Tezpur Lunatic Asylum reports 1877-1894 - 1877-1894
Year: 1877
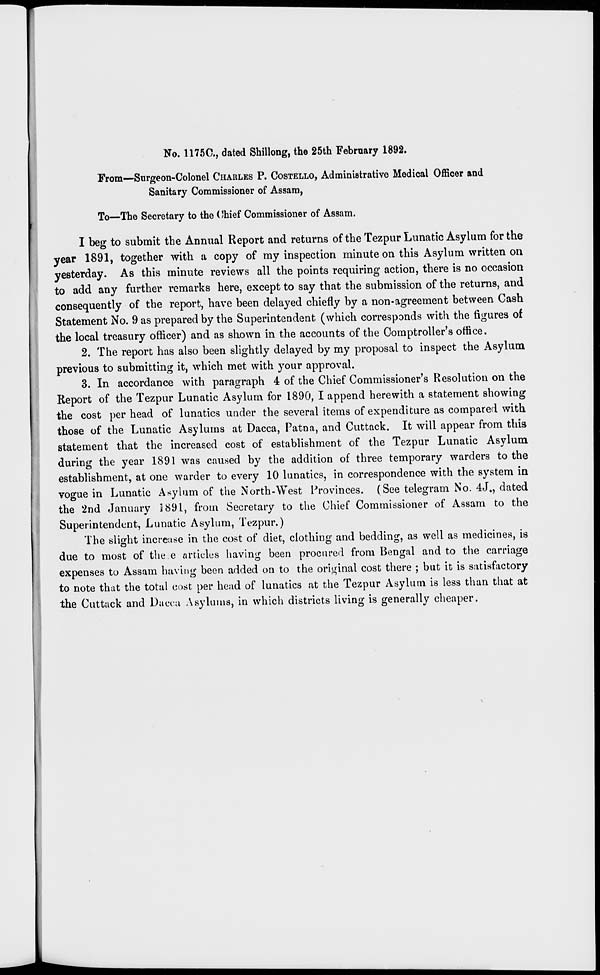
No. 1175C, dated Shillong, the 25th February 1892.
From—Surgeon-Colonel CHARLES P. COSTELLO, Administrative Medical Officer and
Sanitary Commissioner of Assam,
To—The Secretary to the Chief Commissioner of Assam.
I beg to submit the Annual Report and returns of the Tezpur Lunatic Asylum for the
year 1891, together with a copy of my inspection minute on this Asylum written on
yesterday. As this minute reviews all the points requiring action, there is no occasion
to add any further remarks here, except to say that the submission of the returns, and
consequently of the report, have been delayed chiefly by a non-agreement between Cash
Statement No. 9 as prepared by the Superintendent (which corresponds with the figures of
the local treasury officer) and as shown in the accounts of the Comptroller's office.
2. The report has also been slightly delayed by my proposal to inspect the Asylum
previous to submitting it, which met with your approval.
3. In accordance with paragraph 4 of the Chief Commissioner's Resolution on the
Report of the Tezpur Lunatic Asylum for 1890, I append herewith a statement showing
the cost per head of lunatics under the several items of expenditure as compared with
those of the Lunatic Asylums at Dacca, Patna, and Cuttack. It will appear from this
statement that the increased cost of establishment of the Tezpur Lunatic Asylum
during the year 1891 was caused by the addition of three temporary warders to the
establishment, at one warder to every 10 lunatics, in correspondence with the system in
vogue in Lunatic Asylum of the North-West Provinces. (See telegram No. 4J., dated
the 2nd January 5 891, from Secretary to the Chief Commissioner of Assam to the
Superintendent, Lunatic Asylum, Tezpur.)
The slight increase in the cost of diet, clothing and bedding, as well as medicines, is
due to most of the e articles having been procured from Bengal and to the carriage
expenses to Assam having been added on to the original cost there ; but it is satisfactory
to note that the total cost per head of lunatics at the Tezpur Asylum is less than that at
the Cuttack and Dacca Asylums, in which districts living is generally cheaper.